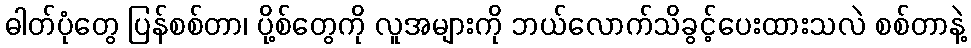
ဓါတ်ပုံတွေ ပြန်စစ်တာ၊ ပို့စ်တွေကို လူအများကို ဘယ်လောက်သိခွင့်ပေးထားသလဲ စစ်တာနဲ့